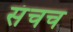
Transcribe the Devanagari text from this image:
संचच